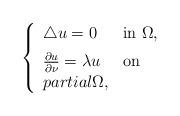
LaTeX: \begin{align*}\left \{ \begin{array}{lll} \triangle u=0 &\mbox{in}\ \Omega, \medskip\\\frac{\partial u}{\partial \nu}=\lambda u &\mbox{on}\\partial\Omega,\end{array}\right. \end{align*}